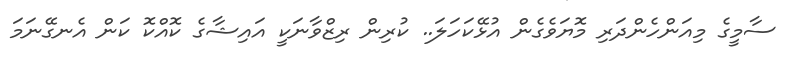
ސާމީގެ މިއަންހެންދަރި މޮޔަވެގެން އުޅޭކަހަލަ.. ކުރިން ރިޒްވާނަކީ އައިޝާގެ ކޮއްކޮ ކަން އެނގޭނަމަ